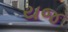
યજ